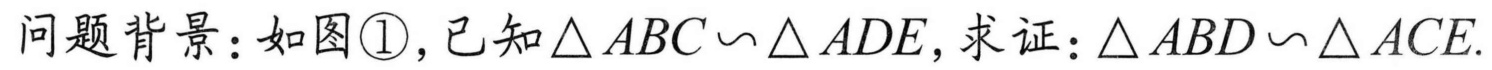
问题背景：如图\textcircled{1}，已知\(\triangle ABC\backsim\triangle ADE\)，求证：\(\triangle ABD\backsim\triangle ACE\).